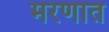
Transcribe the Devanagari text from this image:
मरणात